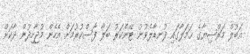
އަބުލް މަރްޟިޔާގެ ޙަމަލާގައި ފުނޑާލެވުނު ޓޭންކަރު ބަލާ ފާސްކުރުމަށް އެހެން މުޖާހިދުން ދާކަށް